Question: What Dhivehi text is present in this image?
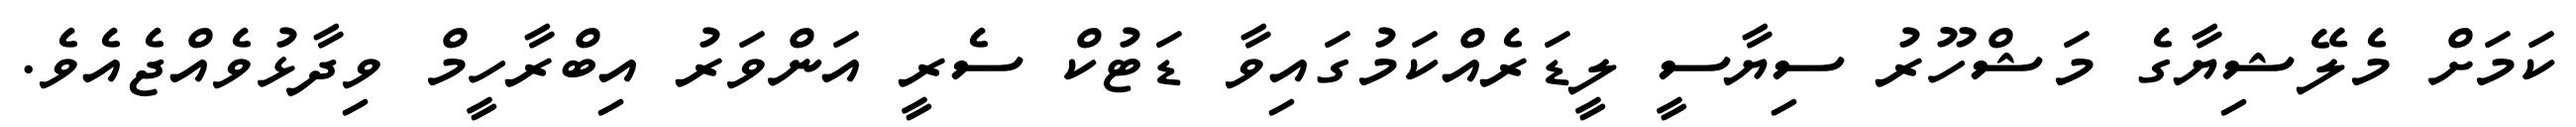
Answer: ކަމަށް މެލޭޝިޔާގެ މަޝްހޫރު ސިޔާސީ ލީޑަރެއްކަމުގައިވާ ޑަޓުކް ސެރީ އަންވަރު އިބްރާހީމް ވިދާޅުވެއްޖެއެވެ.